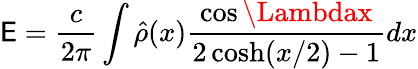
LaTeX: \mathsf{E}={\frac{{c}}{{2\pi}}}\int\hat{{\rho}}(x){\frac{{\cos\Lambdax}}{{2\cosh(x/2)-1}}}dx